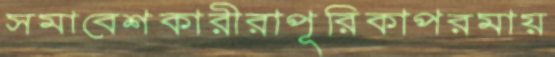
সমাবেশকারীরাপূরিকাপরমায়